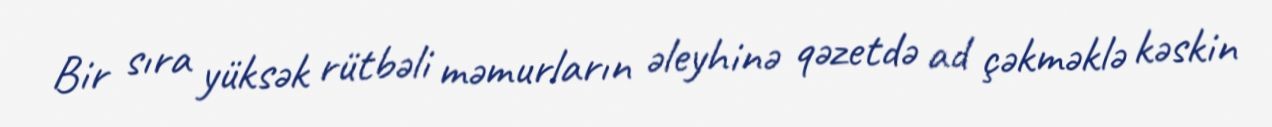
Bir sıra yüksək rütbəli məmurların əleyhinə qəzetdə ad çəkməklə kəskin